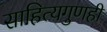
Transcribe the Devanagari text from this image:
साहित्यगुणही